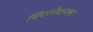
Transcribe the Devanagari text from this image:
विंटरनैशनल्स